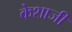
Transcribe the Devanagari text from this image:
केशाजी